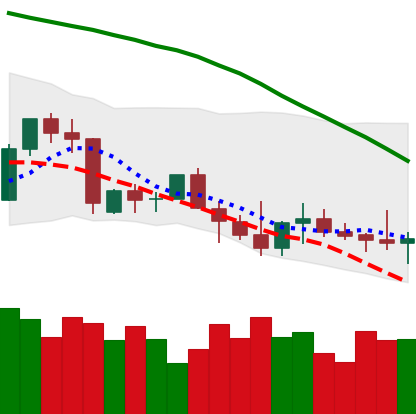
Ticker: TRX-USD
Chart end date: 2022-09-28
Forward return: 3.019%
Label: up_3_5